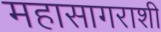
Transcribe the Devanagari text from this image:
महासागराशी